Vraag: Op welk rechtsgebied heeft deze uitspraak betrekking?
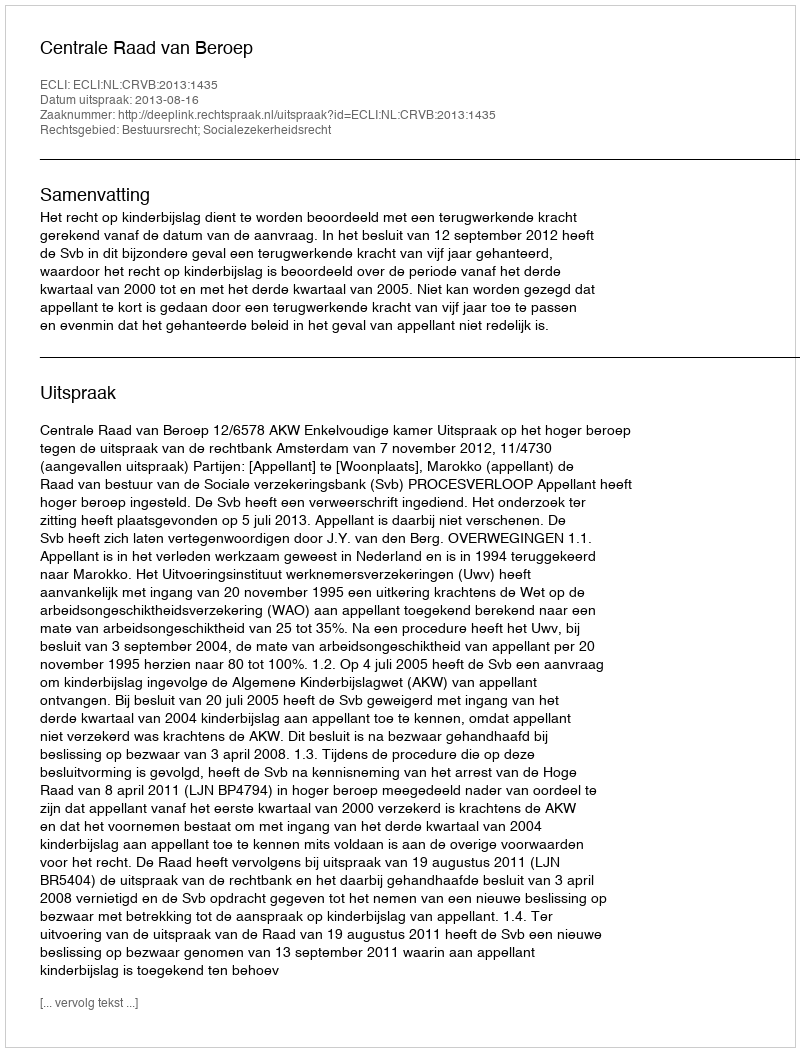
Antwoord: Bestuursrecht; Socialezekerheidsrecht